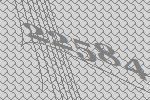
22584